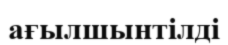
ағылшынтілді